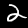
Digit: 2